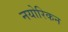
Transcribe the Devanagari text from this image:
नयोरिकन